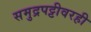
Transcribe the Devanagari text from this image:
समुद्रपट्टीवरही